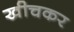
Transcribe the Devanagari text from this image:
खीचकर